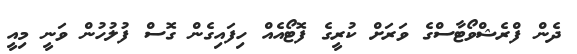
ދެން ފްރެޝްވޯޓާސްގެ ވަރަށް ކުރީގެ ފޮޓޯއެއް ހިފައިގެން ގޮސް ފުލުހުން ވަނީ މިއީ